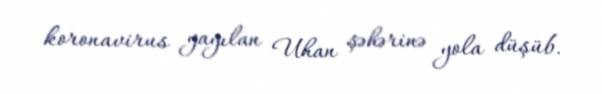
koronavirus yayılan Uhan şəhərinə yola düşüb.